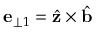
\mathbf { e } _ { \perp 1 } = \hat { \mathbf { z } } \times \hat { \mathbf { b } }